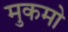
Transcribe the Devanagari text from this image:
मुकमो